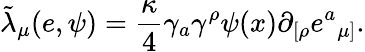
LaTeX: {\tilde{\lambda}}_{\mu}(e,\psi)={\frac{\kappa}{4}}\gamma_{a}\gamma^{\rho}\psi(x)\partial_{[\rho}e{^a}_{\mu]}.